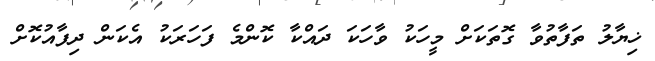
ޚިޔާލު ތަފާތުވާ ގޮތަކަށް މީހަކު ވާހަކަ ދައްކާ ކޮންމެ ފަހަރަކު އެކަން ދިފާއުކޮށް